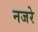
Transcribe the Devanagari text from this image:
नजरे